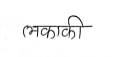
मजकूर: लकाकी